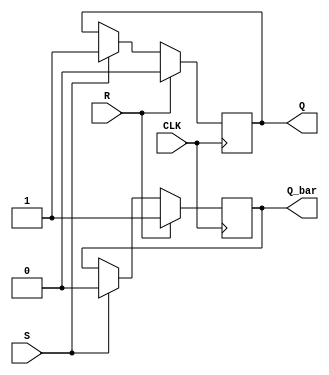
module sr_latch (
    input wire S,
    input wire R,
    input wire CLK,
    output reg Q,
    output reg Q_bar
);

always @(posedge CLK) begin
    if (R) begin
        Q <= 1'b0;
        Q_bar <= 1'b1;
    end else if (S) begin
        Q <= 1'b1;
        Q_bar <= 1'b0;
    end
end

endmodule